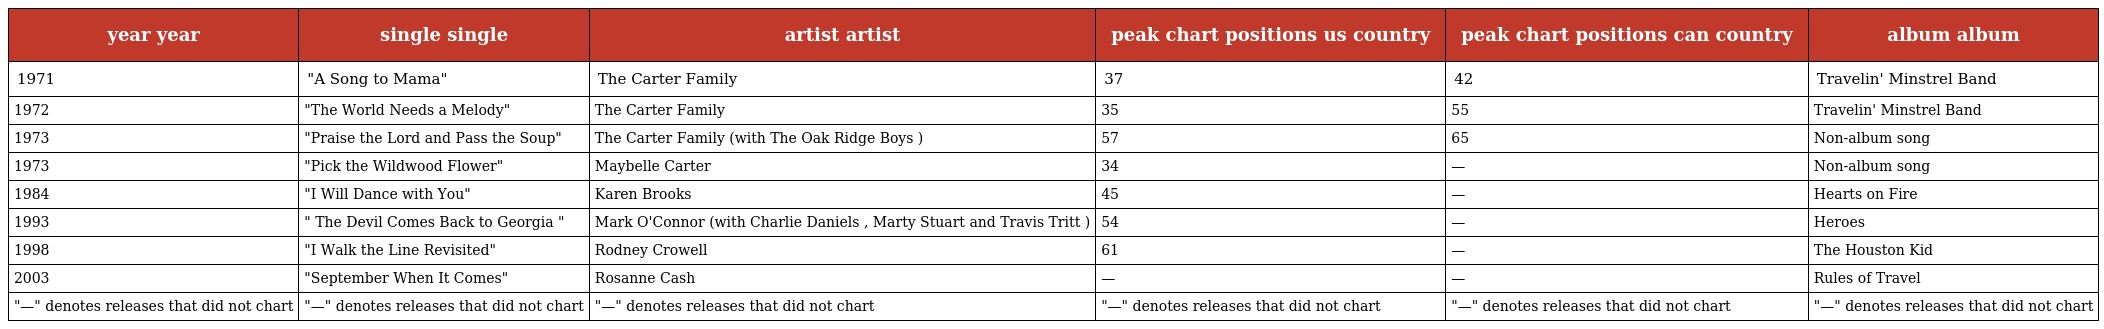
| year year | single single | artist artist | peak chart positions us country | peak chart positions can country | album album |
 | --- | --- | --- | --- | --- | --- |
 | 1971 | "A Song to Mama" | The Carter Family | 37 | 42 | Travelin' Minstrel Band |
 | 1972 | "The World Needs a Melody" | The Carter Family | 35 | 55 | Travelin' Minstrel Band |
 | 1973 | "Praise the Lord and Pass the Soup" | The Carter Family (with The Oak Ridge Boys ) | 57 | 65 | Non-album song |
 | 1973 | "Pick the Wildwood Flower" | Maybelle Carter | 34 | — | Non-album song |
 | 1984 | "I Will Dance with You" | Karen Brooks | 45 | — | Hearts on Fire |
 | 1993 | " The Devil Comes Back to Georgia " | Mark O'Connor (with Charlie Daniels , Marty Stuart and Travis Tritt ) | 54 | — | Heroes |
 | 1998 | "I Walk the Line Revisited" | Rodney Crowell | 61 | — | The Houston Kid |
 | 2003 | "September When It Comes" | Rosanne Cash | — | — | Rules of Travel |
 | "—" denotes releases that did not chart | "—" denotes releases that did not chart | "—" denotes releases that did not chart | "—" denotes releases that did not chart | "—" denotes releases that did not chart | "—" denotes releases that did not chart |